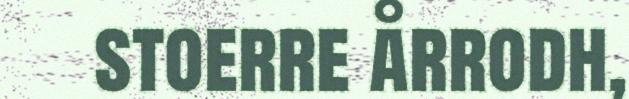
stoerre årrodh,